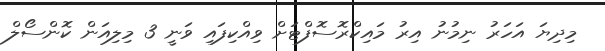
މިދިޔަ އަހަރު ނިމުނު އިރު މައިކްރޮސޮފްޓަށް ވިއްކިފައި ވަނީ 3 މިލިއަން ކޮންސޯލް